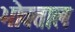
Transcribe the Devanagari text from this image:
भोवताल